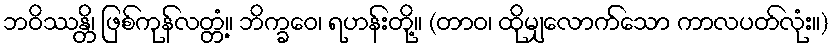
ဘဝိဿန္တိ၊ ဖြစ်ကုန်လတ္တံ့။ ဘိက္ခဝေ၊ ရဟန်းတို့။ (တာဝ၊ ထိုမျှလောက်သော ကာလပတ်လုံး။)